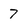
Character: 7